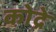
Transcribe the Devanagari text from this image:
कोद्रे